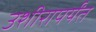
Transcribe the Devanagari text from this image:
उशीरापर्यंत